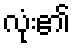
လုံး၏